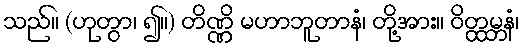
သည်။ (ဟုတွာ၊ ၍။) တိဏ္ဏိ မဟာဘူတာနံ၊ တို့အား။ ဝိတ္ထမ္ဘနံ၊